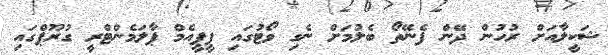
ޝަކީލާއަށް ރުހުން ދޭން ފެނޭތޯ ބެލުމަށް ނެގި ވޯޓުގައި ޕީޕީއެމް ޕާލަމެންޓްރީ ގުރޫޕްގައި